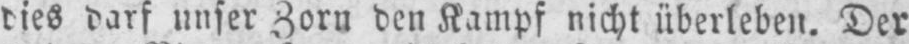
dies darf unser Zorn den Kampf nicht überleben. Der